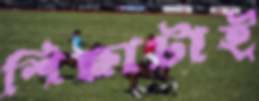
শিক্ষাটাই